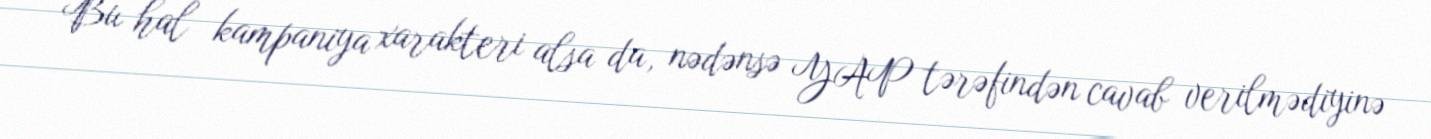
Bu hal kampaniya xarakteri alsa da, nədənsə YAP tərəfindən cavab verilmədiyinə